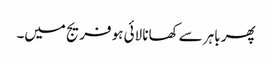
پھر باہر سے کھانا لائی ہو فریج میں۔